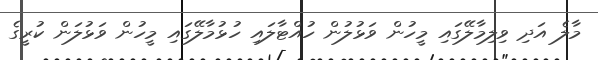
މާލެ އަދި ވިލިމާލޭގައި މީހުން ވަޅުލުން ހުއްޓާލައި ހުޅުމާލޭގައި މީހުން ވަޅުލަން ކުރީގެ